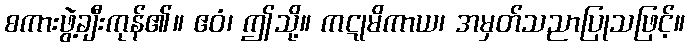
စကားဖွဲ့ချီးကုန်၏။ ဧဝံ၊ ဤသို့။ ကဋုမိကာယ၊ အမှတ်သညာပြုသဖြင့်။